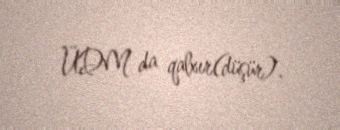
ÜDM da qalxır(düşür).